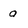
Character: a